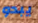
يبدو